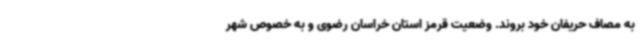
به مصاف حریفان خود بروند. وضعیت قرمز استان خراسان رضوی و به خصوص شهر